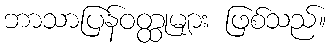
ဘာသာပြန်ဝတ္ထုများ ဖြစ်သည်။